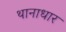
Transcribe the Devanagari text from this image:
थानाधार